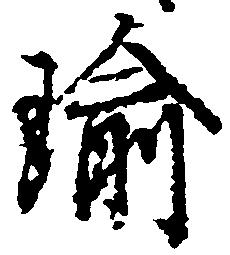
瑜